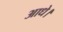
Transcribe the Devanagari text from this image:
आधे।